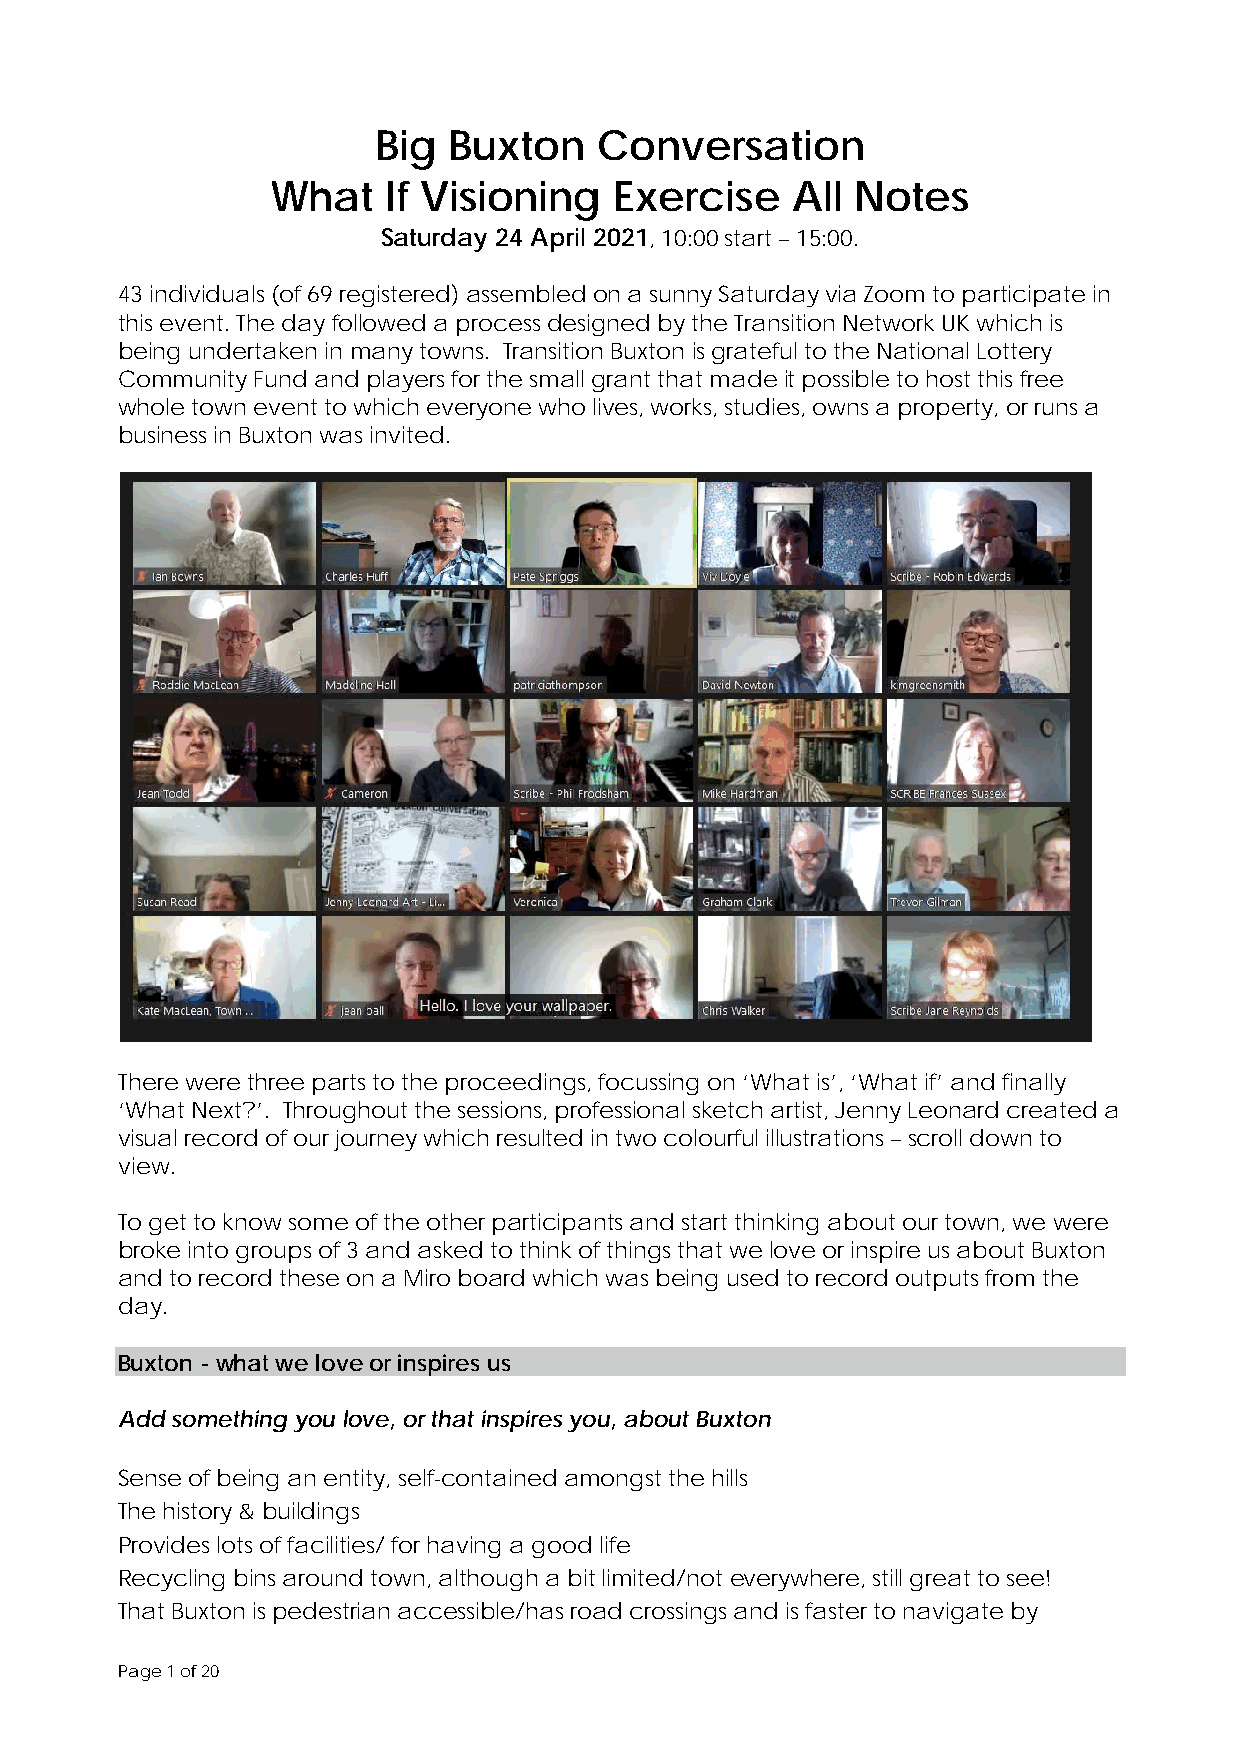
Big  Buxton    Conversation
 What   If Visioning    Exercise   All  Notes
 Saturday 24 April 2021, 10:00 start – 15:00.
 43 individuals (of 69 registered) assembled on a sunny Saturday via Zoom to participate in
 this event. The day followed a process designed by the Transition Network UK which is
 being undertaken in many towns. Transition Buxton is grateful to the National Lottery
 Community Fund and players for the small grant that made it possible to host this free
 whole town event to which everyone who lives, works, studies, owns a property, or runs a
 business in Buxton was invited.
 There were three parts to the proceedings, focussing on ‘What is’, ‘What if’ and finally
 ‘What Next?’. Throughout the sessions, professional sketch artist, Jenny Leonard created a
 visual record of our journey which resulted in two colourful illustrations – scroll down to
 view.
 To get to know some of the other participants and start thinking about our town, we were
 broke into groups of 3 and asked to think of things that we love or inspire us about Buxton
 and to record these on a Miro board which was being used to record outputs from the
 day.
 Buxton - what we love or inspires us
 Add something you love, or that inspires you, about Buxton
 Sense of being an entity, self-contained amongst the hills
 The history & buildings
 Provides lots of facilities/ for having a good life
 Recycling bins around town, although a bit limited/not everywhere, still great to see!
 That Buxton is pedestrian accessible/has road crossings and is faster to navigate by
 Page 1 of 20